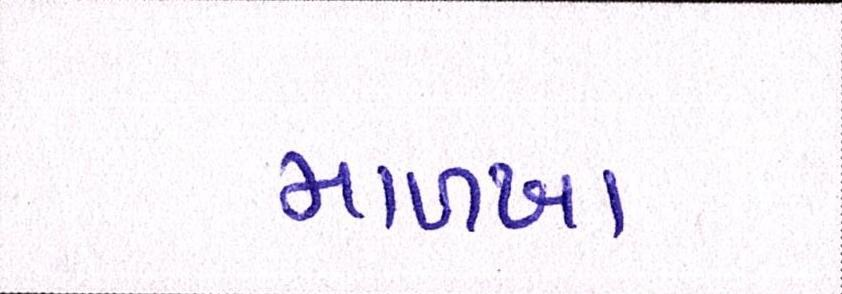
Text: માળખા